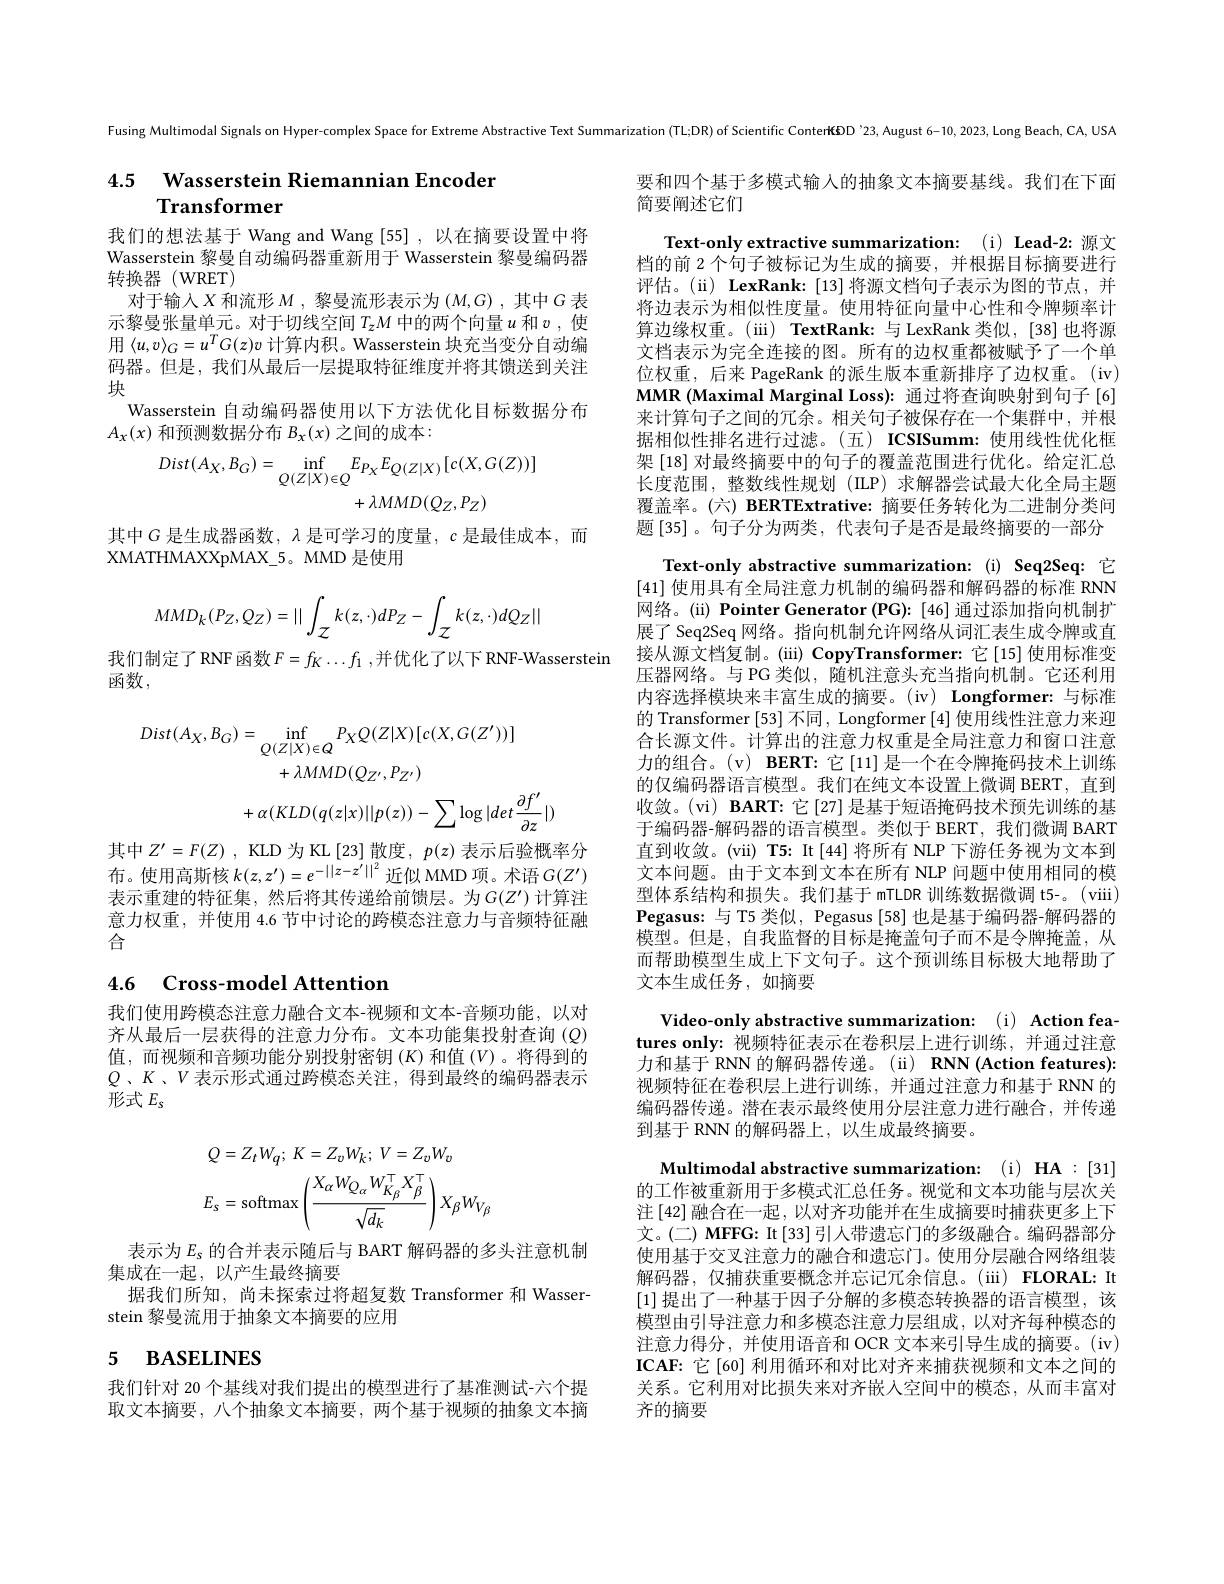
Fusing Multimodal Signals on Hyper-complex Space for Extreme Abstractive Text Summarization (TL;DR) of Scientific ConterKGD 23, August 6-10, 2023, Long Beach, CA, USA

4.5 Wasserstein Riemannian Encoder
# Transformer

要和四个基于多模式输入的抽象文本摘要基线。我们在下面
简要阐述它们

我们的想法基于 Wang and Wang [55] ,以在摘要设置中将Wasserstein 黎曼自动编码器重新用于 Wasserstein 黎曼编码器转换器(WRET)
对于输入$X$和流形$M$ ,黎曼流形表示为$(M,G)$,其中$G$表示黎曼张量单元。对于切线空间$T_zM$中的两个向量$u$和$v$,使用$\langle u,v\rangle_G=u^TG(z)v$计算内积。Wasserstein 块充当变分自动编码器。但是，我们从最后一层提取特征维度并将其馈送到关注块
Wasserstein 自动编码器使用以下方法优化目标数据分布
$A_x(x)$和预测数据分布$B_x(x)$之间的成本：
$$Dist(A_{X},B_{G})=\inf_{Q(Z|X)\in Q}E_{P_{X}}E_{Q(Z|X)}[c(X,G(Z))]\\+\lambda MMD(Q_{Z},P_{Z})$$
其中$G$是生成器函数，$\lambda$是可学习的度量，$c$是最佳成本，而
XMATHMAXXpMAX\_5。MMD 是使用
$$MMD_k(P_Z,Q_Z)=||\int_{\mathcal{Z}}k(z,\cdot)dP_Z-\int_{\mathcal{Z}}k(z,\cdot)dQ_Z||$$
我们制定了RNF 函数 $F=f_K\ldots f_1$,并优化了以下 RNF-Wasserstein
函数，
$$\begin{aligned}Dist(A_{X},B_{G})&=\inf_{Q(Z|X)\in Q}P_{X}Q(Z|X)[c(X,G(Z^{\prime}))]\\&+\lambda MMD(Q_{Z^{\prime}},P_{Z^{\prime}})\\&+\alpha(KLD(q(z|x)||p(z))-\sum\log|det\frac{\partial f^{\prime}}{\partial z}|)\end{aligned}$$
Text-only extractive summarization: (i) Lead-2: 源文档的前 2 个句子被标记为生成的摘要，并根据目标摘要进行评估。(ii) LexRank:[13]将源文档句子表示为图的节点，并将边表示为相似性度量。使用特征向量中心性和令牌频率计算边缘权重。(iii) TextRank:与LexRank 类似，[38]也将源文档表示为完全连接的图。所有的边权重都被赋予了一个单位权重，后来 PageRank 的派生版本重新排序了边权重。(iv) MMR (Maximal Marginal Loss): 通过将查询映射到句子 [6] 来计算句子之间的冗余。相关句子被保存在一个集群中，并根据相似性排名进行过滤。(五)ICSISumm:使用线性优化框架 [18] 对最终摘要中的句子的覆盖范围进行优化。给定汇总长度范围，整数线性规划(ILP)求解器尝试最大化全局主题覆盖率。(六) BERTExtrative: 摘要任务转化为二进制分类问题 [35]。句子分为两类，代表句子是否是最终摘要的一部分
Text-only abstractive summarization:(i) Seq2Seq: 它[41]使用具有全局注意力机制的编码器和解码器的标准 RNN 网络。(ii) Pointer Generator (PG): [46] 通过添加指向机制扩展了 Seq2Seq 网络。指向机制允许网络从词汇表生成令牌或直接从源文档复制。(iii) CopyTransformer:它[15]使用标准变压器网络。与 PG 类似，随机注意头 充当指向机制。它还利用内容选择模块来丰富生成的摘要。(iv) Longformer:与标准的 Transformer [53] 不同 , Longformer [4] 使用线性注意力来迎合长源文件。计算出的注意力权重是全局注意力和窗口注意力的组合。(v) BERT:它[11]是一个在令牌掩码技术上训练的仅编码器语言模型。我们在纯文本设置上微调 BERT, 直到收敛。(vi) BART: 它[27]是基于短语掩码技术预先训练的基于编码器-解码器的语言模型。类似于 BERT,我们微调 BART 直到收敛。(vii) T5: It[44]将所有 NLP 下游任务视为文本到文本问题。由于文本到文本在所有 NLP 问题中使用相同的模型体系结构和损失。我们基于 mTLDR 训练数据微调 t5-。(viii) Pegasus:与 T5 类似，Pegasus[58] 也是基于编码器-解码器的$\bar{\text{模型。但是，自我监督的目标是掩盖句子而不是令牌掩盖，从}}$ 而帮助模型生成上下文句子。这个预训练目标极大地帮助了文本生成任务，如摘要
Video-only abstractive summarization: (i) Action features only: 视频特征表示在卷积层上进行训练，并通过注意力和基于 RNN 的解码器传递。(ii) RNN (Action features): 视频特征在卷积层上进行训练，并通过注意力和基于 RNN 的编码器传递。潜在表示最终使用分层注意力进行融合，并传递到基于 RNN 的解码器上，以生成最终摘要。
Multimodal abstractive summarization: (i) HA :[31] 的工作被重新用于多模式汇总任务。视觉和文本功能与层次关注 [42] 融合在一起，以对齐功能并在生成摘要时捕获更多上下文。(二) MFFG: It[33] 引人带遗忘门的多级融合。编码器部分使用基于交叉注意力的融合和遗忘门。使用分层融合网络组装解码器，仅捕获重要概念并忘记冗余信息。(iii) FLORAL: It [1]提出了一种基于因子分解的多模态转换器的语言模型，该模型由引导注意力和多模态注意力层组成，以对齐每种模态的注意力得分，并使用语音和 OCR 文本来引导生成的摘要。(iv) ICAF: 它[60] 利用循环和对比对齐来捕获视频和文本之间的关系。它利用对比损失来对齐嵌人空间中的模态，从而丰富对齐的摘要

其中$Z^\prime = F( Z)$ , KLD 为 KL [23] 散度$,p(z)$表示后验概率分布。使用高斯核$k(z,z^\prime)=e^{-||z-z^{\prime}||^2}$近似 MMD 项。术语$G(Z^{\prime})$ 表示重建的特征集，然后将其传递给前馈层。为$G(Z^\prime)$ 计算注意力权重，并使用 4.6 节中讨论的跨模态注意力与音频特征融合

4.6 Cross-model Attention

我们使用跨模态注意力融合文本-视频和文本-音频功能，以对齐从最后一层获得的注意力分布。文本功能集投射查询$(Q)$ 值，而视频和音频功能分别投射密钥 (K)和值 ($V$)。将得到的$Q$ 、$K$、$V$表示形式通过跨模态关注，得到最终的编码器表示$\dot{\text{形式 }E_s}$
$$\begin{aligned}&Q=Z_{t}W_{q};\:K=Z_{v}W_{k};\:V=Z_{v}W_{v}\\&E_{s}=\mathrm{softmax}\left(\frac{X_{\alpha}W_{Q_{\alpha}}W_{K_{\beta}}^{\top}X_{\beta}^{\top}}{\sqrt{d_{k}}}\right)X_{\beta}W_{V_{\beta}}\end{aligned}$$
表示为$E_\mathrm{s}$ 的合并表示随后与 BART 解码器的多头注意机制
集成在一起，以产生最终摘要
据我们所知，尚未探索过将超复数 Transformer 和 Wasser-
stein 黎曼流用于抽象文本摘要的应用

# 5 BASELINES

我们针对 20 个基线对我们提出的模型进行了基准测试-六个提取文本摘要，八个抽象文本摘要，两个基于视频的抽象文本摘